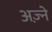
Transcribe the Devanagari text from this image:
अज़्ने